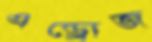
এন্ড্রোজ